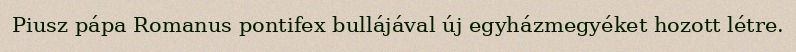
Piusz pápa Romanus pontifex bullájával új egyházmegyéket hozott létre.